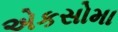
એકસોમા